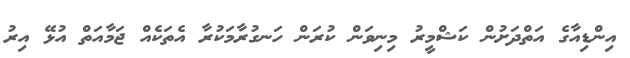
އިންޑިއާގެ އަތްދަށުން ކަޝްމީރު މިނިވަން ކުރަން ހަނގުރާމަކުރާ އެތަކެއް ޖަމާއަތް އުޅޭ އިރު